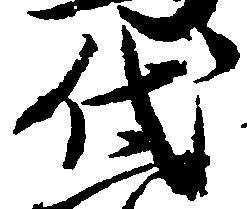
代